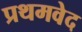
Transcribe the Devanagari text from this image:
प्रथमवेद